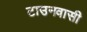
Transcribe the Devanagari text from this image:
टाउनवासी